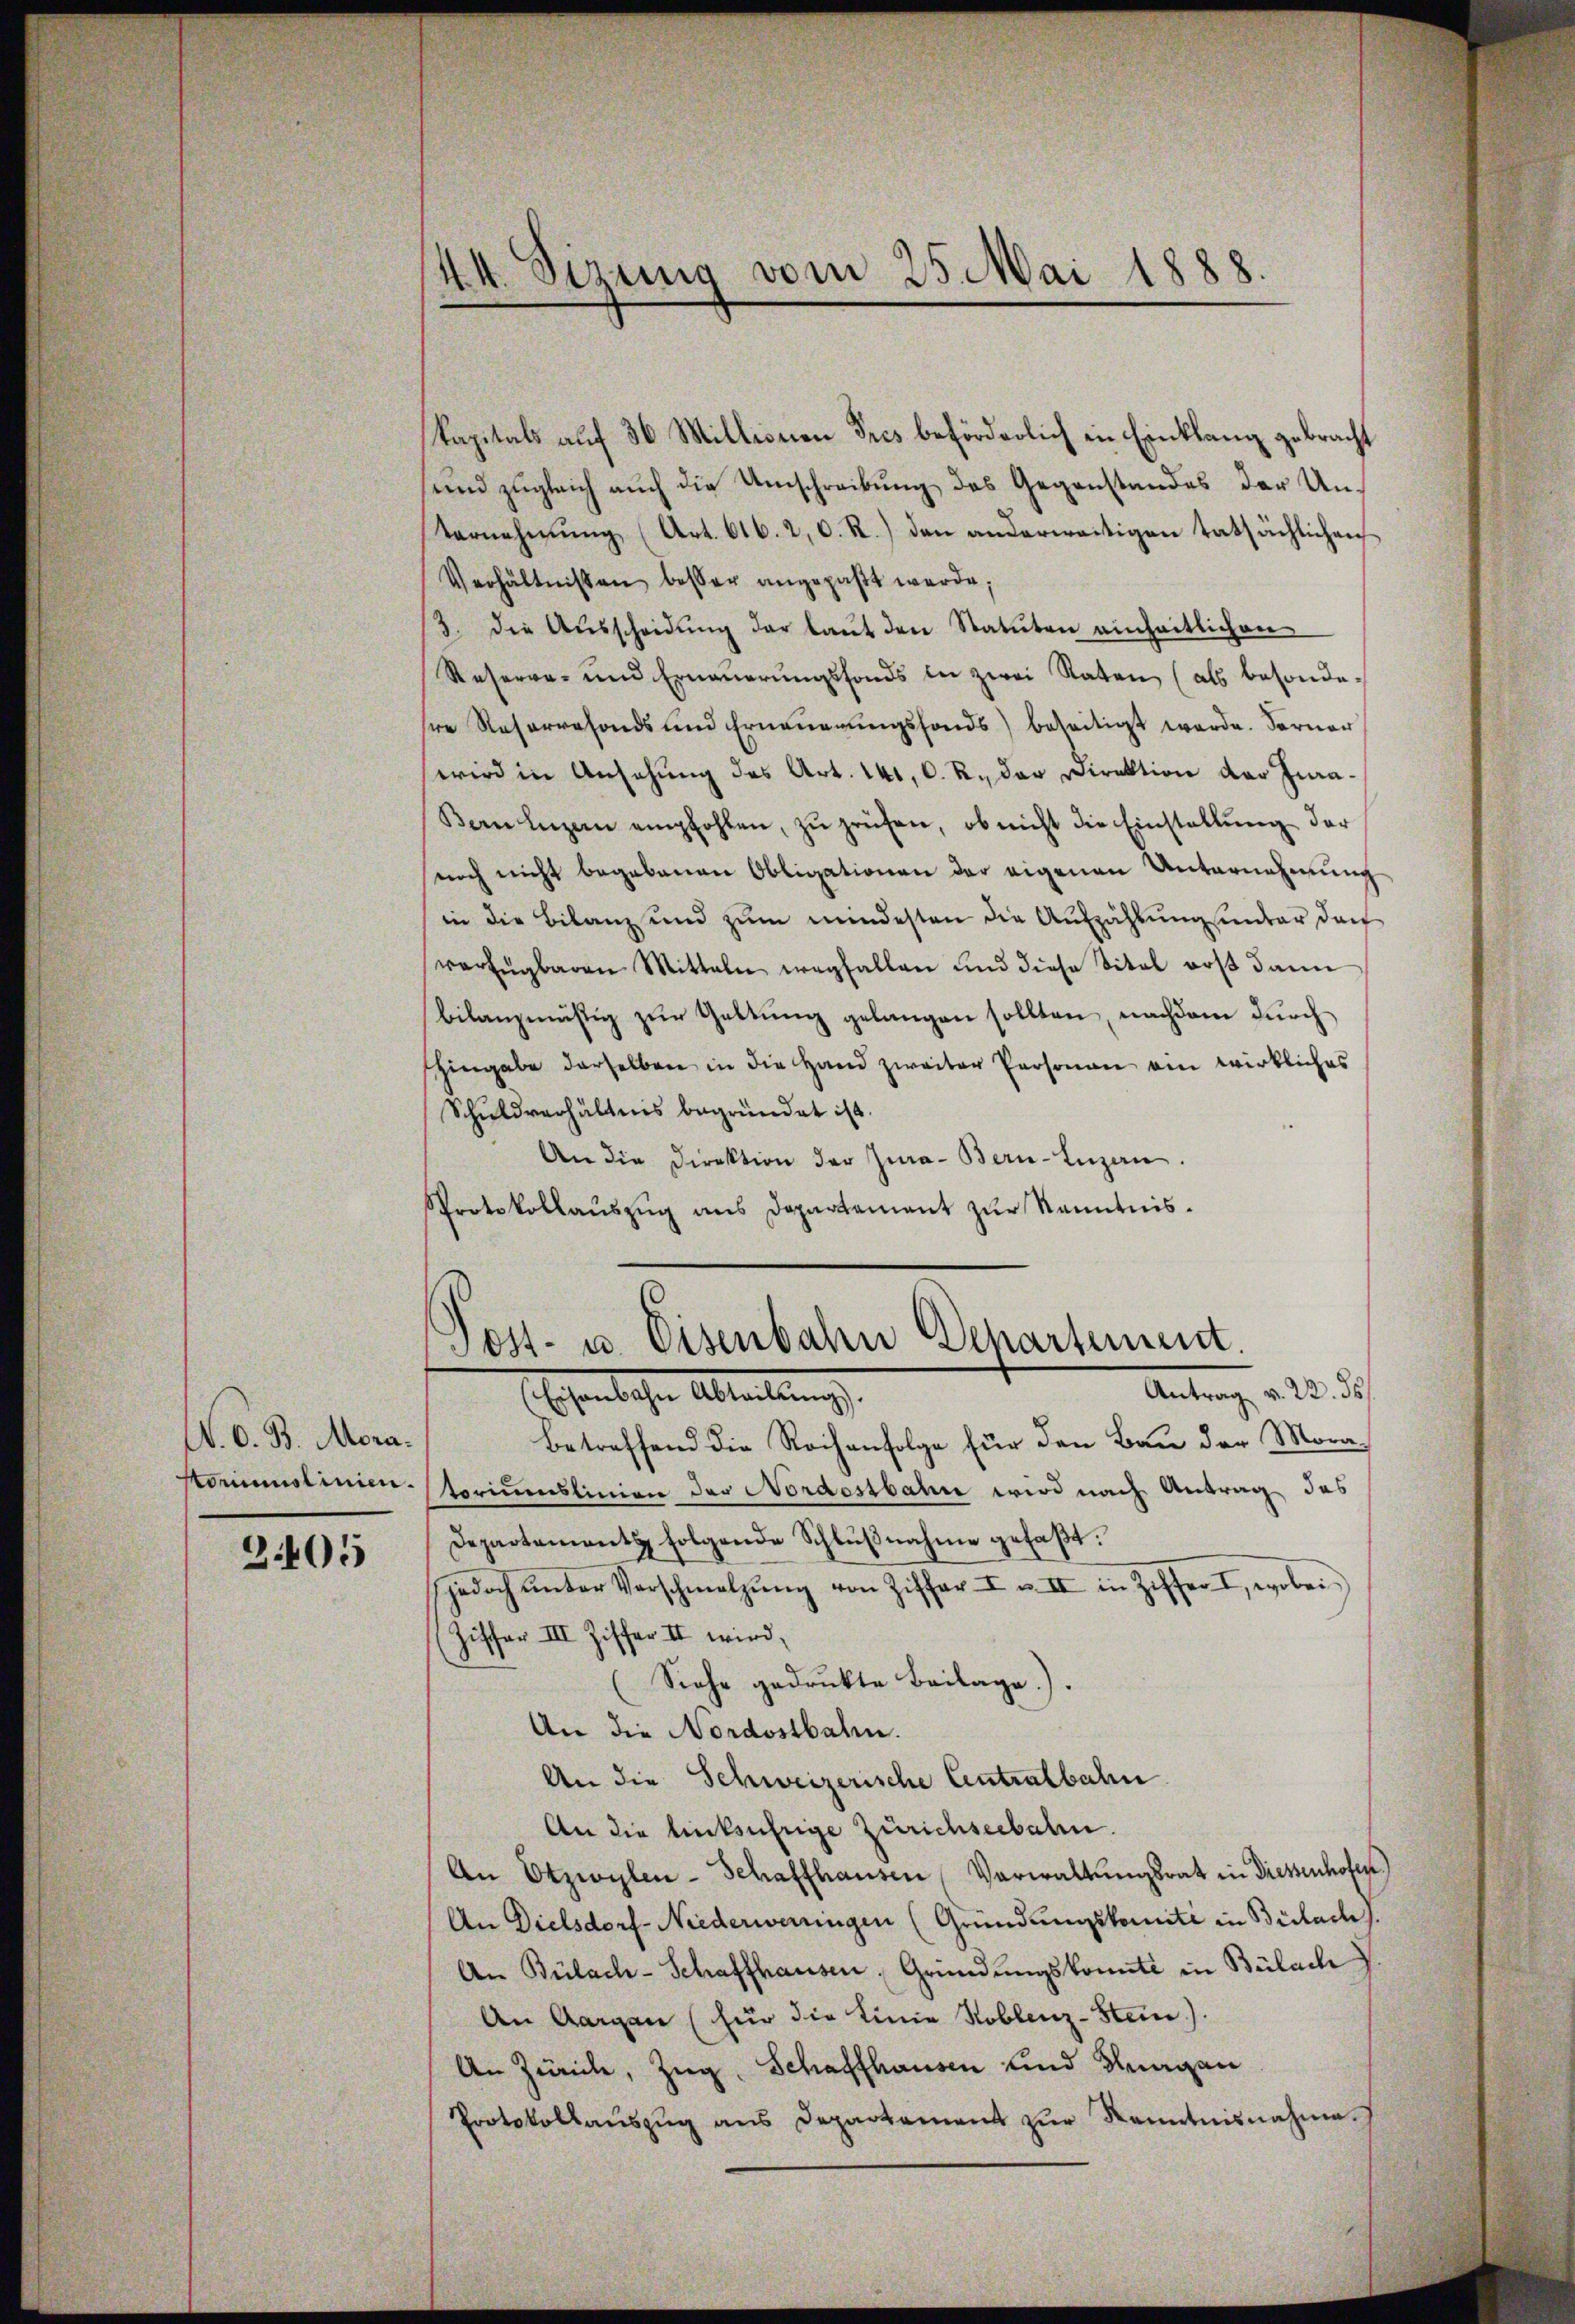
N. O. B. Mora.
konmmolinien.

2405

44. Sizung vom 25. Mai 1888
5

kapitals auf 36 Millionen Tres beförderlich in Einklang gebracht
und zugleich auch die Umschreibung des Gegenstandes der Unternehmung (Art. 616. 20. R.) den anderweitigen tatsächlichen
Verhältnissen besser angepaßt werde;
3. die Aŭsscheidŭng der laŭt den Statuten einheitlichen
Reserve- und Erneuerungsfonds in zwei Raten (als besondehre Reservefonds und Erneŭerŭngsfonds beseitigt werde. Ferner
wird in Ansehung des Art. 141, C. R., der Direktion der Ina¬
Bern luzern empfohlen, zŭ prüfen, ob nicht die Einstellŭng der
noch nicht begebenen Obligationen der eigenen Unternehmung
in die Bilanz und zum mindesten die Aufzählung unter doch
verfügbaren Mitteln wegfallen und diese Titel erst dann
bilanzmäsig zŭr Galtŭng gelangen sollten, nachdem durch
hingabe derselben in die Hand zweiter Personen ein wirkliches
Schuldverhältnis begründet ist.
An die Direktion der Jura - Bern-Luzern.
Protokollaŭszŭg ans Departament zŭr Kenntnis¬

Post- u. Eisenbahn Departement.
Antrag v. 22. ds.
Esentlichen Abteilung.

Betreffend die Rochenfolge für den Bau der Mora-
toriumslinien der Nordostbahn wird nach Antrag des
Departement folgende Schlŭβnahme gefaßt:
jedoch ŭnter Verschmelzŭng von Ziffer I u. II in Ziffers, wobei
(Ziffer III Ziffer II wird,
(Siehe gedrukte Beilage).
An die Nordostbahn.
An die Schweizerische Centralbahn
An die linksufrige Zürichseebale.
An Otzwylen-Schaffhausen Verwaltungsrat in Diessenhofes
An Dielsdorf-Niederweringen (Gründungskomité in Bülach.
An Bülach-Schaffhausen, Gründungskonte in Bülach
An Aargau (für die Linie Koblenz-Stein).
An Zürich, Zug, Schaffhausen und Kragen
Protokollaŭszŭg ans Departement zŭr Kenntnisnahme.